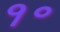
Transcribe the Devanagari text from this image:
१॰